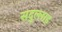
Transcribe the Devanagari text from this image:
सदुल्‍लाह